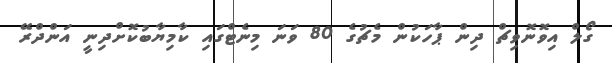
ގޯލް އިވޮނޮވިޗް ދިން ޕާހަކުން މެޗުގެ 80 ވަނަ މިނެޓްގައި ކާމިޔާބުކޮށްދިނީ އަންދްރޭ